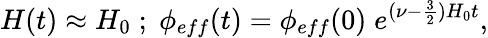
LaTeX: H(t)\approx H_{0}\; ;\; \phi_{eff}(t)=\phi_{eff}(0)\; e^{(\nu-\frac{3}{2})H_{0}t},